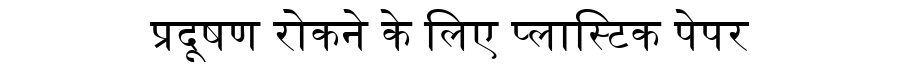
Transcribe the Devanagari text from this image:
प्रदूषण रोकने के लिए प्लास्टिक पेपर